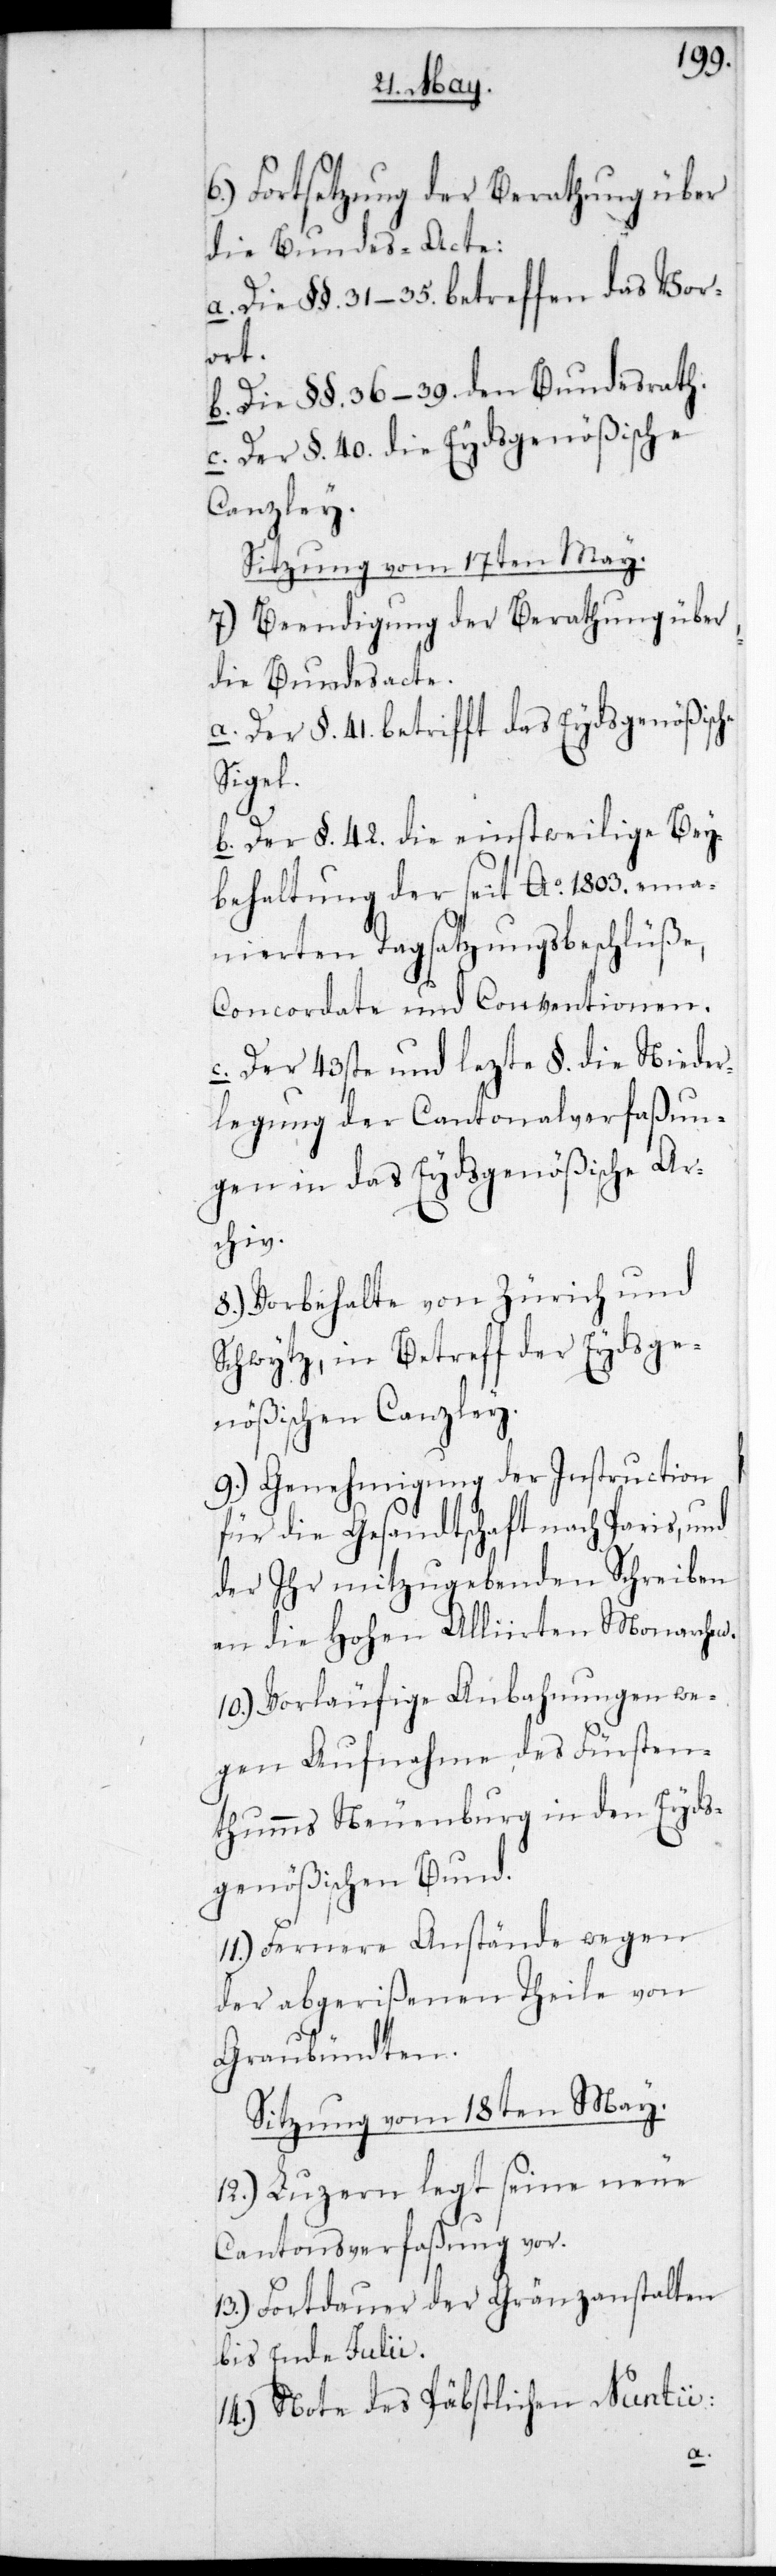
6.) Fortsetzung der Berathung über
a. Die §§. 31-35. betreffend das Vor¬
ort.
b. Die §§. 36-39. den Bundesrath.
c. Der §. 40. die Eydsgenößische
Canzley.
Sitzung vom 17ten May.
7.) Beendigung der Berathung über
die Bundesacte:
a. Der §. 41 betrifft das Eydsgenößische
Siegel.
b. Der §. 42 die einstweilige Bey¬
behaltung der seit Ao. 1803. ema¬
nierten Tagsatzungsbeschlüße,
Concordate und Conventionen.
c. Der 43ste und letzte §. die Nieder¬
legung der Cantonalverfaßun¬
gen in das Eydsgenößische Ar¬
chiv.
8.) Vorbehalte von Zürich und
Schwytz, in Betreff der Eydsge¬
nößischen Canzley
9.) Genehmigung der Instruction
für die Gesandtschaft nach Paris, und
der ihr mitzugebenden Schreiben
an die Hohe Alliirten Monarchen.
10.) Vorläufige Anbahnungen we¬
gen Aufnahme des Fürsten¬
thums Neuenburg in den Eyds¬
genößischen Bund.
11.) Fernere Anstände wegen
der abgerißenen Theile von
Graubündten.
Sitzung vom 18ten May.
12.) Luzern legt seine neue
Cantonsverfaßung vor.
13.) Fortdauer der Grenzanstalten
bis Ende Julii.
14.) Note des päbstlichen Nuntii: